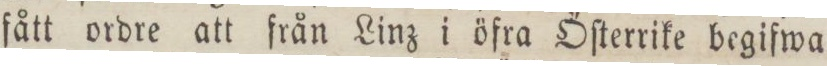
fått ordre att från Linz i öfra Öſterrike begifwa